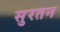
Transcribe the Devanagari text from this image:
सुरतन